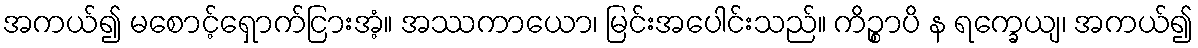
အကယ်၍ မစောင့်ရှောက်ငြားအံ့။ အဿကာယော၊ မြင်းအပေါင်းသည်။ ကိဉ္စာပိ န ရက္ခေယျ၊ အကယ်၍